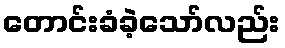
တောင်းခံခဲ့သော်လည်း